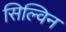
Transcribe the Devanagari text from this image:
सिल्विन